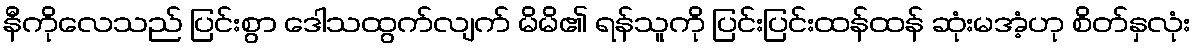
နီကိုလေသည် ပြင်းစွာ ဒေါသထွက်လျက် မိမိ၏ ရန်သူကို ပြင်းပြင်းထန်ထန် ဆုံးမအံ့ဟု စိတ်နှလုံး